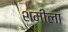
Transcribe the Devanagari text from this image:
शमीला